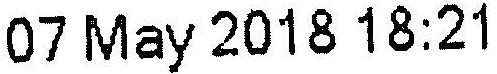
07 MAY 2018 18:21